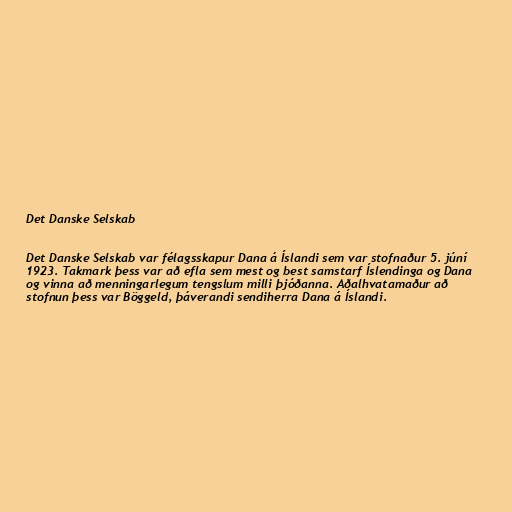
Det Danske Selskab

Det Danske Selskab var félagsskapur Dana á Íslandi sem var stofnaður 5. júní
1923. Takmark þess var að efla sem mest og best samstarf Íslendinga og Dana
og vinna að menningarlegum tengslum milli þjóðanna. Aðalhvatamaður að
stofnun þess var Böggeld, þáverandi sendiherra Dana á Íslandi.